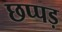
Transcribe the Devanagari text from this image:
छप्पड़